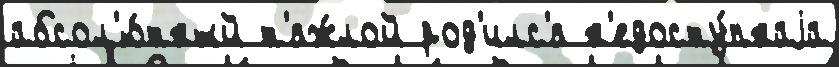
абсол'ю́тный т'яж́лой род'илс'я н'едосту́пнаjа